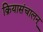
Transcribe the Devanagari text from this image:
क्रियासंचालन्